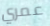
عمري